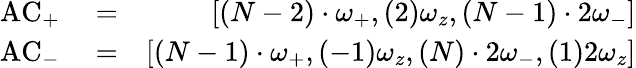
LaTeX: \begin{array}{rlr}{\mathrm{AC}_{+}}&{{}=}&{\left[(N-2)\cdot\omega_{+},(2)\omega_{z},(N-1)\cdot 2\omega_{-}\right]}\\ {\mathrm{AC}_{-}}&{{}=}&{\left[(N-1)\cdot\omega_{+},(-1)\omega_{z},(N)\cdot 2\omega_{-},(1)2\omega_{z}\right]}\end{array}